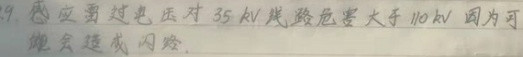
19. 感应雷过电压对 \(35\mathrm{kV}\) 线路危害大于 \(110\mathrm{kV}\) 因为可能会造成闪络。